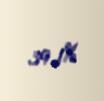
39,1%